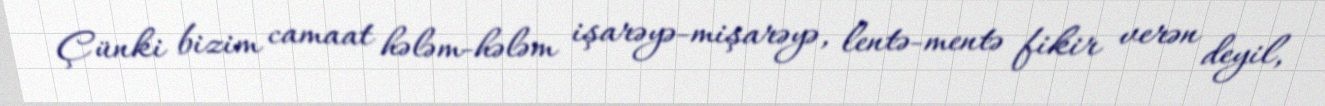
Çünki bizim camaat hələm-hələm işarəyə-mişarəyə, lentə-mentə fikir verən deyil,